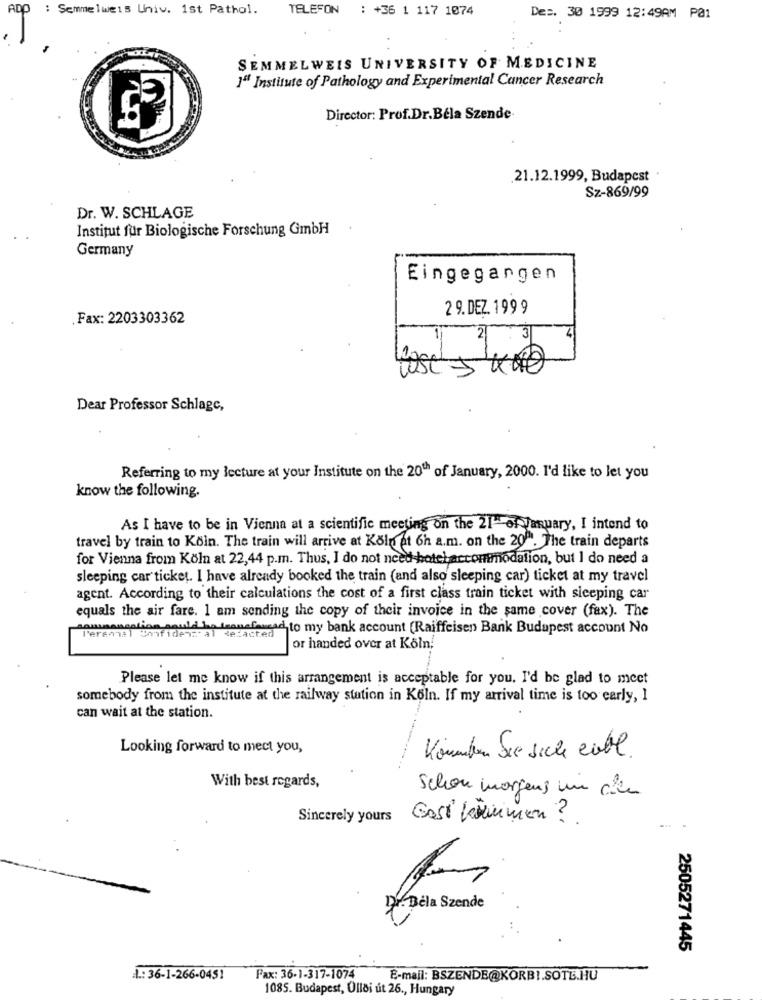
ADD : Semmelweis Univ. 1st Pathol.
TELEFON : +36 1 117 1074
De :. 30 1999 12:49AM PA1
SEMMELWEIS UNIVERSITY OF MEDICINE
1ªf Institute of Pathology and Experimental Cancer Research
Director: Prof.Dr.Béla Szende.
21.12.1999, Budapest
Sz-869/99
Dr. W. SCHLAGE
Institut für Biologische Forschung GmbH
Germany
Eingegangen
2 9.DEZ. 199 9
Fax: 2203303362
3
Dear Professor Schlage,
Referring to my lecture at your Institute on the 20th of January, 2000. I'd like to let you
know the following.
As I have to be in Vienna at a scientific meeting on the 21- of January, I intend to
travel by train to Koin. The train will arrive at Koln at 6h a.m. on the 20". The train departs
for Vienna from Köln at 22,44 p.m. Thus, I do not need-hotelaccommodation, but I do need a
sleeping car ticket. I have already booked the train (and also sleeping car) ticket at my travel
agent. According to their calculations the cost of a first class train ticket with sleeping car
equals the air fare. I am sending the copy of their invoice in the same cover (fax). The
sammancation pauld be transfersad to my bank account (Raiffeisen Bank Budapest account No
l'eramal
or handed over at Koln.
Please let me know if this arrangement is acceptable for you. I'd be glad to meet
somebody from the institute at the railway station in Köln. If my arrival time is too early, I
can wait at the station.
Looking forward to mect you,
Könnten Sie sich eibl.
With best regards,
Schon morgens un cien
Sincerely yours Cost kommen ?.
. Béla Szende
2505271445
A .: 36-1-266-0451
Fax: 36-1-317-1074
E-mail: BSZENDE@KORB !. SOTL.HU
1085. Budapest, Ülldi út 26 ., Hungary